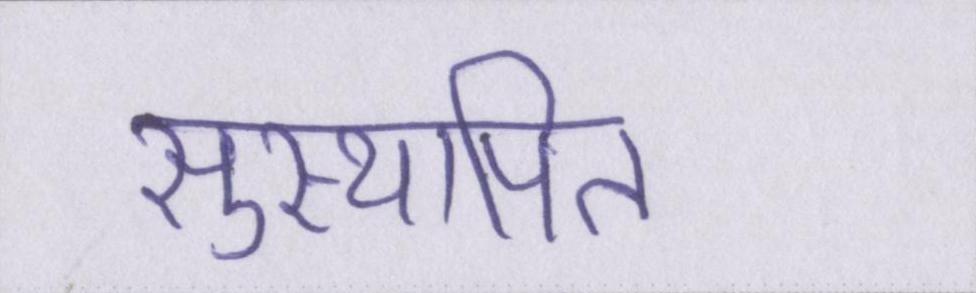
सुस्थापित